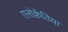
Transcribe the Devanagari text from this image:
एलोक्वेंतिया